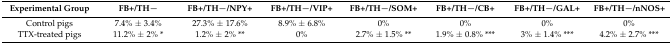
<table><thead><tr><td><b>Experimental Group</b></td><td><b>FB+/TH−</b></td><td><b>FB+/TH−/NPY+</b></td><td><b>FB+/TH−/VIP+</b></td><td><b>FB+/TH−/SOM+</b></td><td><b>FB+/TH−/CB+</b></td><td><b>FB+/TH−/GAL+</b></td><td><b>FB+/TH−/nNOS+</b></td></tr></thead><tbody><tr><td>Control pigs</td><td>7.4% ± 3.4%</td><td>27.3% ± 17.6%</td><td>8.9% ± 6.8%</td><td>0%</td><td>0%</td><td>0%</td><td>0%</td></tr><tr><td>TTX-treated pigs</td><td>11.2% ± 2% *</td><td>1.2% ± 2% **</td><td>0%</td><td>2.7% ± 1.5% **</td><td>1.9% ± 0.8% ***</td><td>3% ± 1.4% ***</td><td>4.2% ± 2.7% ***</td></tr></tbody></table>